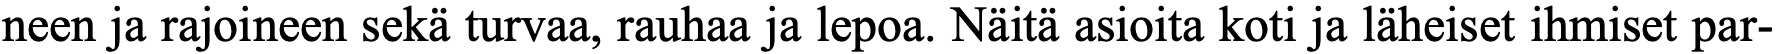
neen ja rajoineen sekä turvaa, rauhaa ja lepoa. Näitä asioita koti ja läheiset ihmiset par-